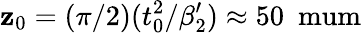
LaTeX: \mathbf{z}_{0}=(\pi/2)(t_{0}^{2}/{\beta_{2}^{\prime}})\approx50~\mathrm{{\ mum}}